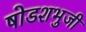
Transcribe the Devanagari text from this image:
षोडशभुजी